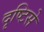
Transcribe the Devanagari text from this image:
दृष्‍टिसे